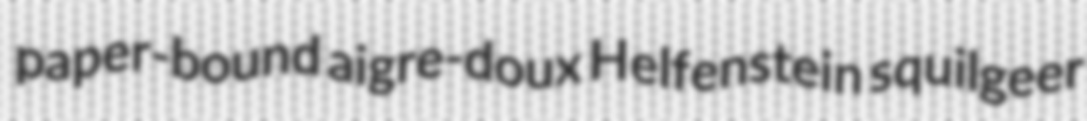
paper-bound aigre-doux Helfenstein squilgeer